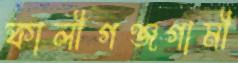
কালীগঞ্জগামী